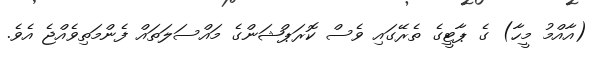
(އާއްމު މީހާ) ގެ ޕާޓީގެ ތެރޭގައި ވެސް ކޮރަޕްޝަންގެ މައްސަލަތައް ފެންމަތިވެއްޖެ އެވެ.